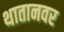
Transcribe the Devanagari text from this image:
थातानवर